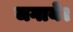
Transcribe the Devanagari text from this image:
जगाये।